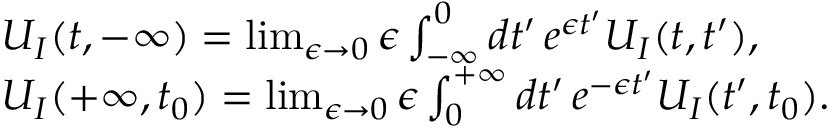
\begin{array} { r l } & { U _ { I } ( t , - \infty ) = \operatorname* { l i m } _ { \epsilon \to 0 } \epsilon \int _ { - \infty } ^ { 0 } d t ^ { \prime } \, e ^ { \epsilon t ^ { \prime } } U _ { I } ( t , t ^ { \prime } ) , } \\ & { U _ { I } ( + \infty , t _ { 0 } ) = \operatorname* { l i m } _ { \epsilon \to 0 } \epsilon \int _ { 0 } ^ { + \infty } d t ^ { \prime } \, e ^ { - \epsilon t ^ { \prime } } U _ { I } ( t ^ { \prime } , t _ { 0 } ) . } \end{array}